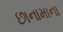
છાનામાના